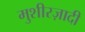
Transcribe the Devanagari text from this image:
मुशीरज़ादी